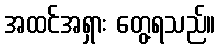
အထင်အရှား တွေ့ရသည်။